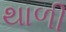
થાળી